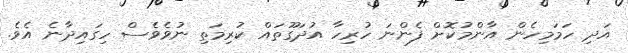
އަދި ހަމަމިހެން އާންމުކޮށް ފެންނަ ހުރިހާ އުދަގޫތައް ކުރިމަތި ނުވެވެސް ހިގައިދާނެ އެވެ.